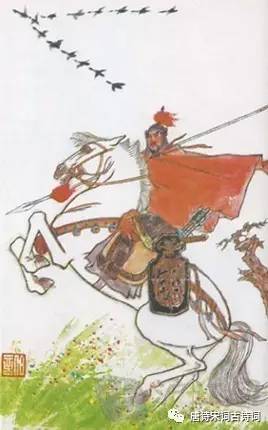
一年三百六十日，多是横戈马上行。